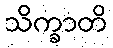
သိက္ခာတိ